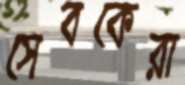
সেবকেরা